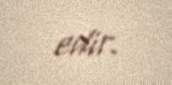
edir.